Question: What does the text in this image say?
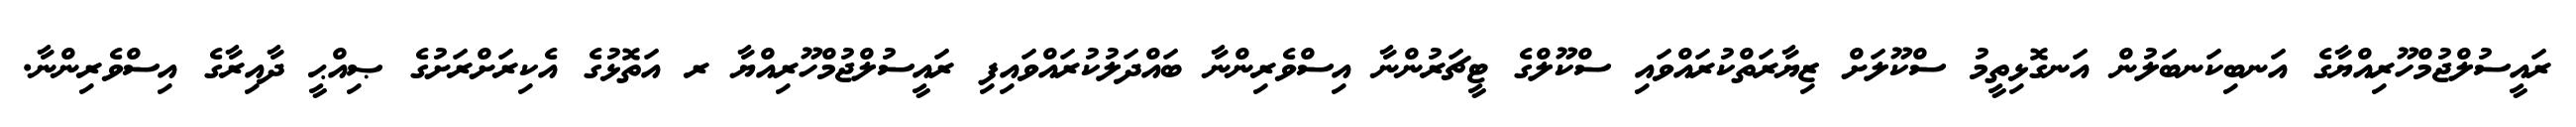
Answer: ރައީސުލްޖުމްހޫރިއްޔާގެ އަނބިކަނބަލުން އަނގޮޅިތީމު ސްކޫލަށް ޒިޔާރަތްކުރައްވައި ސްކޫލްގެ ޓީޗަރުންނާ އިސްވެރިންނާ ބައްދަލުކުރައްވައިފި ރައީސުލްޖުމްހޫރިއްޔާ ރ އަތޮޅުގެ އެކިރަށްރަށުގެ ޞިއްޙީ ދާއިރާގެ އިސްވެރިންނާ.